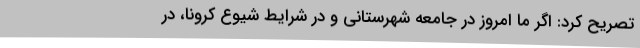
تصریح کرد: اگر ما امروز در جامعه شهرستانی و در شرایط شیوع کرونا، در